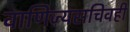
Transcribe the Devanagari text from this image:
वाणिज्यसचिवही